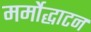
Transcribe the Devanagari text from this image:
मर्मोद्धाटन